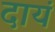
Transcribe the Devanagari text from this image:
दायं